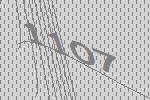
1107